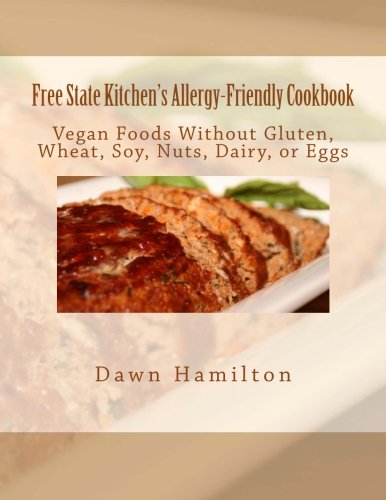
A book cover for Free State Kitchen's Allergy-Friendly Cookbook: No Gluten, Wheat, Soy, Nuts, Dairy, or Eggs; Dawn Hamilton; Cookbooks, Food & Wine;